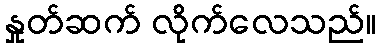
နှုတ်ဆက် လိုက်လေသည်။